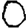
Digit: 0